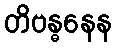
တိဗန္ဓနေန